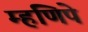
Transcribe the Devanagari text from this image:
म्हणिपे